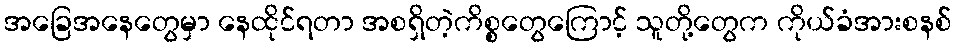
အခြေအနေတွေမှာ နေထိုင်ရတာ အစရှိတဲ့ကိစ္စတွေကြောင့် သူတို့တွေက ကိုယ်ခံအားစနစ်